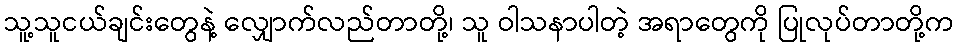
သူ့သူငယ်ချင်းတွေနဲ့ လျှောက်လည်တာတို့၊ သူ ဝါသနာပါတဲ့ အရာတွေကို ပြုလုပ်တာတို့က